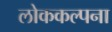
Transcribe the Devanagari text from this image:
लोककल्पना